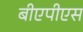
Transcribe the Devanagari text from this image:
बीएपीएस